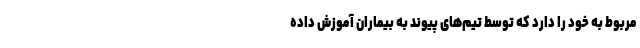
مربوط به خود را دارد که توسط تیم‌های پیوند به بیماران آموزش داده